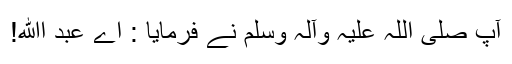
آپ صلی اللہ علیہ وآلہ وسلم نے فرمایا : اے عبد اﷲ!